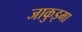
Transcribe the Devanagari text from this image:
जाकुइमा